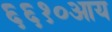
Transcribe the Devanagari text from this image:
६६१०आय